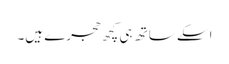
اسکے ساتھ ہی کچھ حجرے ہیں۔